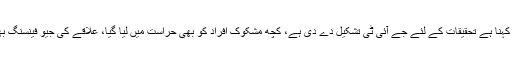
ڈی پی او مردان کا کہنا ہے تحقیقات کے لئے جے آئی ٹی تشکیل دے دی ہے، کچھ مشکوک افراد کو بھی حراست میں لیا گیا، علاقے کی جیو فینسنگ بھی کی جا رہی ہے۔